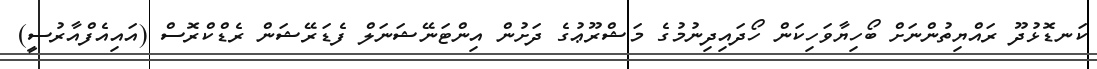
ކަނޑޮޅުދޫ ރައްޔިތުންނަށް ބޯހިޔާވަހިކަން ހޯދައިދިނުމުގެ މަޝްރޫޢުގެ ދަށުން އިންޓަނޭޝަނަލް ފެޑަރޭޝަން ރެޑްކްރޮސް (އައިއެފްއާރުސީ)